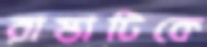
রাস্তাটিকে